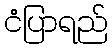
ငံပြာရည်